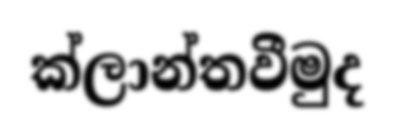
ක්ලාන්තවීමුද